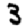
Digit: 3